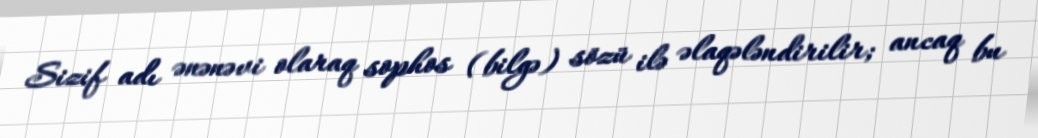
Sizif adı ənənəvi olaraq sophos (bilgə) sözü ilə əlaqələndirilir; ancaq bu